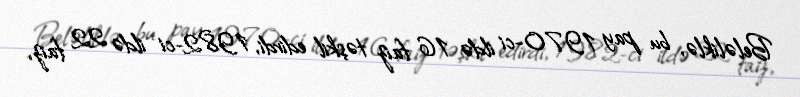
Beləliklə, bu pay 1970-ci ildə 16 faiz təşkil edirdi, 1982-ci ildə 22 faiz,